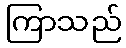
ကြာသည်